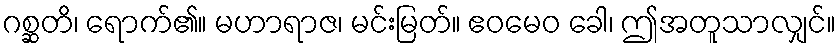
ဂစ္ဆတိ၊ ရောက်၏။ မဟာရာဇ၊ မင်းမြတ်။ ဧဝမေဝ ခေါ၊ ဤအတူသာလျှင်။